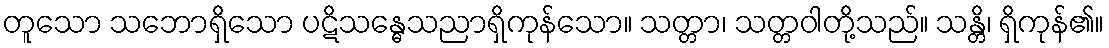
တူသော သဘောရှိသော ပဋိသန္ဓေသညာရှိကုန်သော။ သတ္တာ၊ သတ္တဝါတို့သည်။ သန္တိ၊ ရှိကုန်၏။